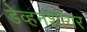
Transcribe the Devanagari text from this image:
डेव्हनशायर